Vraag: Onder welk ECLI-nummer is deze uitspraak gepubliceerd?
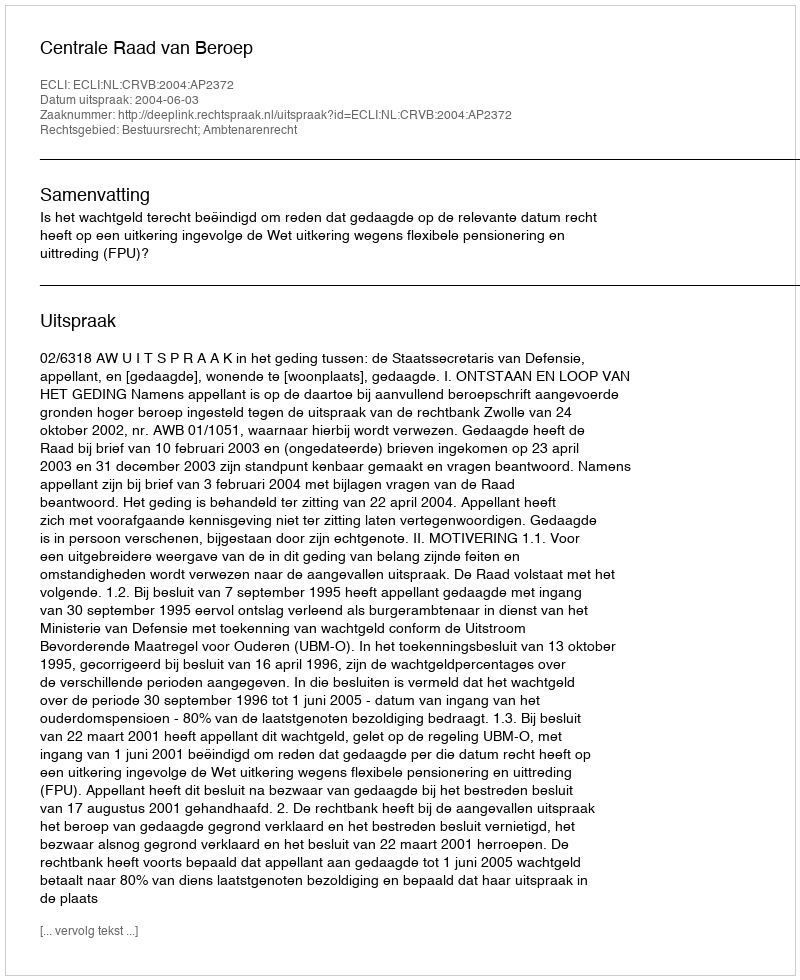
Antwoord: ECLI:NL:CRVB:2004:AP2372